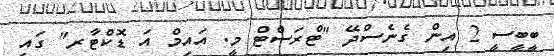
ބީބީސީ 2 އިން ގެނެސްދޭ "ޓްރަސްޓް މީ. އައިމް އަ ޑޮކްޓާރ" ގައި